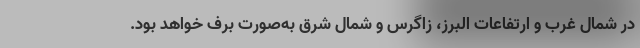
در شمال غرب و ارتفاعات البرز، زاگرس و شمال شرق به‌صورت برف خواهد بود.